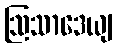
ဩသာဒေယျ